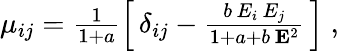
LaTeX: \begin{array}{r}{\mu_{ij}=\frac{1}{1+a}\left[\, \delta_{ij}-\frac{b\, E_{i}\, E_{j}}{1+a+b\, {\mathbf E}^{2}}\, \right]\; ,}\end{array}